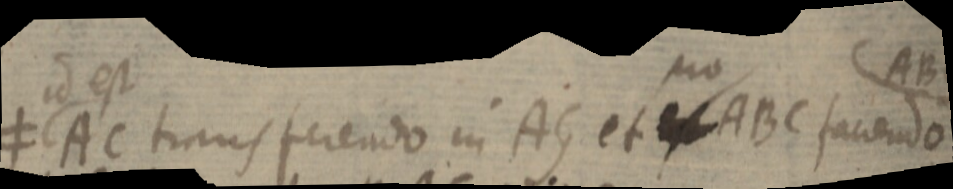
≠ id est AC transferendo in AG et _ ABC faciendo ABC